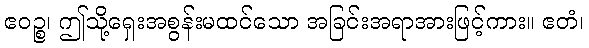
ဧဝဉ္စ၊ ဤသို့ရှေးအစွန်းမထင်သော အခြင်းအရာအားဖြင့်ကား။ ဧတံ၊